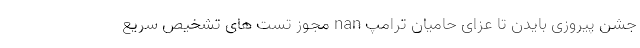
جشن پیروزی بایدن تا عزای حامیان ترامپ nan مجوز تست های تشخیص سریع